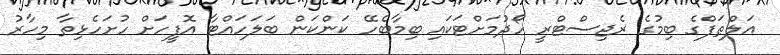
އަލްޠަފްގެ ބިމުގެ ރެޖިސްޓްރީ ހޯދުމަށްޓަކައި ބިމާބެހޭ ކަންކަން ބަލަހައްޓާ އޮފީހަށް ހުށަހެޅިތާ މިހާރު